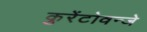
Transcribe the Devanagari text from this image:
कुरेंटोवन्जे